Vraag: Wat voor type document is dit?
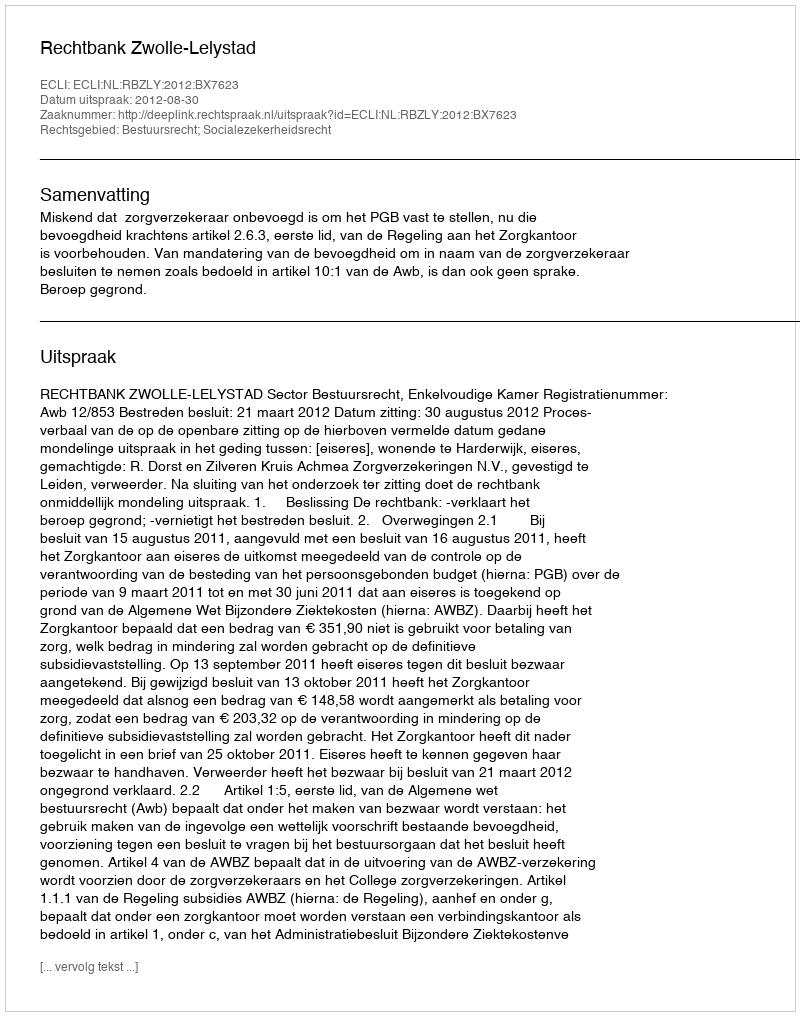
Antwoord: Uitspraak